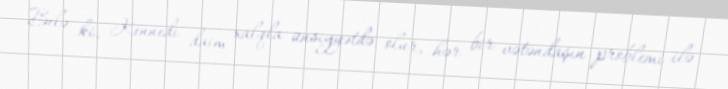
Belə ki, Kennedi daim xalqla ünsiyyətdə olur, hər bir vətəndaşın problemi ilə